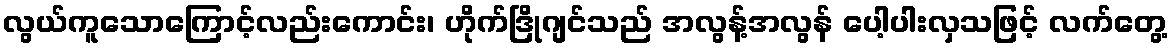
လွယ်ကူသောကြောင့်လည်းကောင်း၊ ဟိုက်ဒြိုဂျင်သည် အလွန့်အလွန် ပေါ့ပါးလှသဖြင့် လက်တွေ့